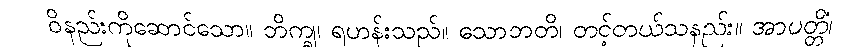
ဝိနည်းကိုဆောင်သော။ ဘိက္ခု၊ ရဟန်းသည်။ သောဘတိ၊ တင့်တယ်သနည်း။ အာပတ္တိံ၊